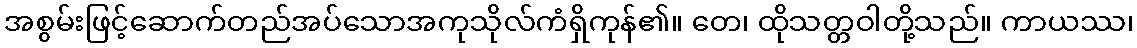
အစွမ်းဖြင့်ဆောက်တည်အပ်သောအကုသိုလ်ကံရှိကုန်၏။ တေ၊ ထိုသတ္တဝါတို့သည်။ ကာယဿ၊